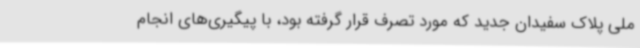
ملی پلاک سفیدان جدید که مورد تصرف قرار گرفته بود، با پیگیری‌های انجام